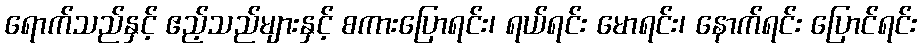
ရောက်သည်နှင့် ဧည့်သည်များနှင့် စကားပြောရင်း၊ ရယ်ရင်း မောရင်း၊ နောက်ရင်း ပြောင်ရင်း